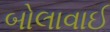
બોલાવાઈ